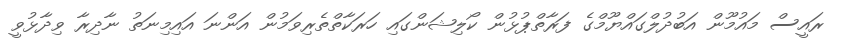
ރައީސް މައުމޫން އަބުދުލްގައްޔޫމްގެ ފަރާތްޕުޅުން ކޯލިޝަންގައި ހަރަކާތްތެރިވަމުން އަންނަ އައިމިނަތު ނާދިރާ ވިދާޅުވީ